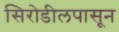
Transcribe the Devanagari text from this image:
सिरोडीलपासून